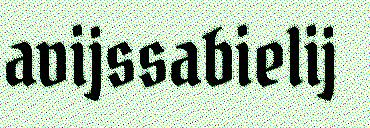
avijssabielij